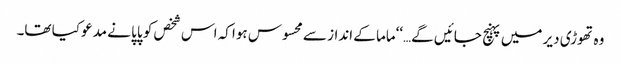
وہ تھوڑی دیر میں پہنچ جائیں گے…‘‘ماما کے انداز سے محسوس ہوا کہ اس شخص کو پاپا نے مدعو کیا تھا۔